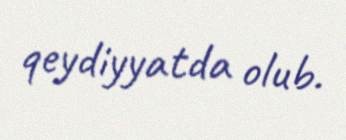
qeydiyyatda olub.